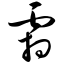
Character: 霜